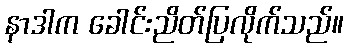
နာဒါက ခေါင်းညိတ်ပြလိုက်သည်။